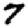
Digit: 7